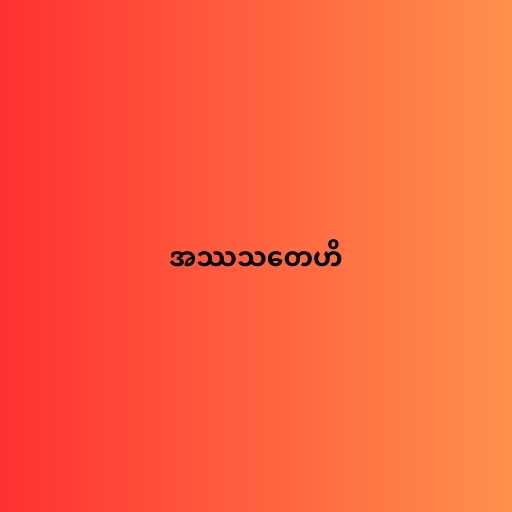
အဿသတေဟိ